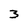
Character: 3